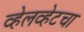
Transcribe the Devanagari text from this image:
व्हेलव्हेटचा